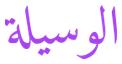
الوسيلة